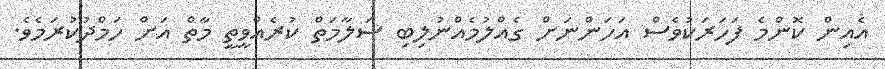
އެއިން ކޮންމެ ފަހަރަކުވެސް އަހަންނަށް ގެއްލުމެއްނުލިބި ސަލާމަތް ކުރެއްވީތީ މާތް އަށް ހަމްދުުކުރަމެވެ.